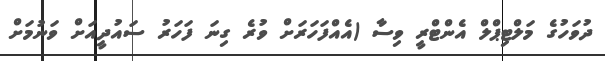
ދުވަހުގެ މަލްޓިޕްލް އެންޓްރީ ވިސާ (އެއްފަހަރަށް ވުރެ ގިނަ ފަހަރު ސައުދީއަށް ވަނުމަށް